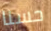
حسنا